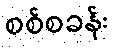
စစ်စခန်း